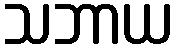
သဘာယ